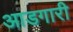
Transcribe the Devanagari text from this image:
आडगारी